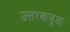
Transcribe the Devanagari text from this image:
उत्तरबाजूला